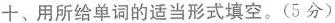
十、用所给单词的适当形式填空.(5分)